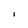
Character: i